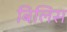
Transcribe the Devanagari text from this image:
बिलिस